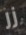
زر